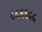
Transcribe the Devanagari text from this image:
५५६६५५